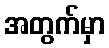
အတွက်မှာ